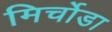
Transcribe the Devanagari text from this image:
मिर्चोडा